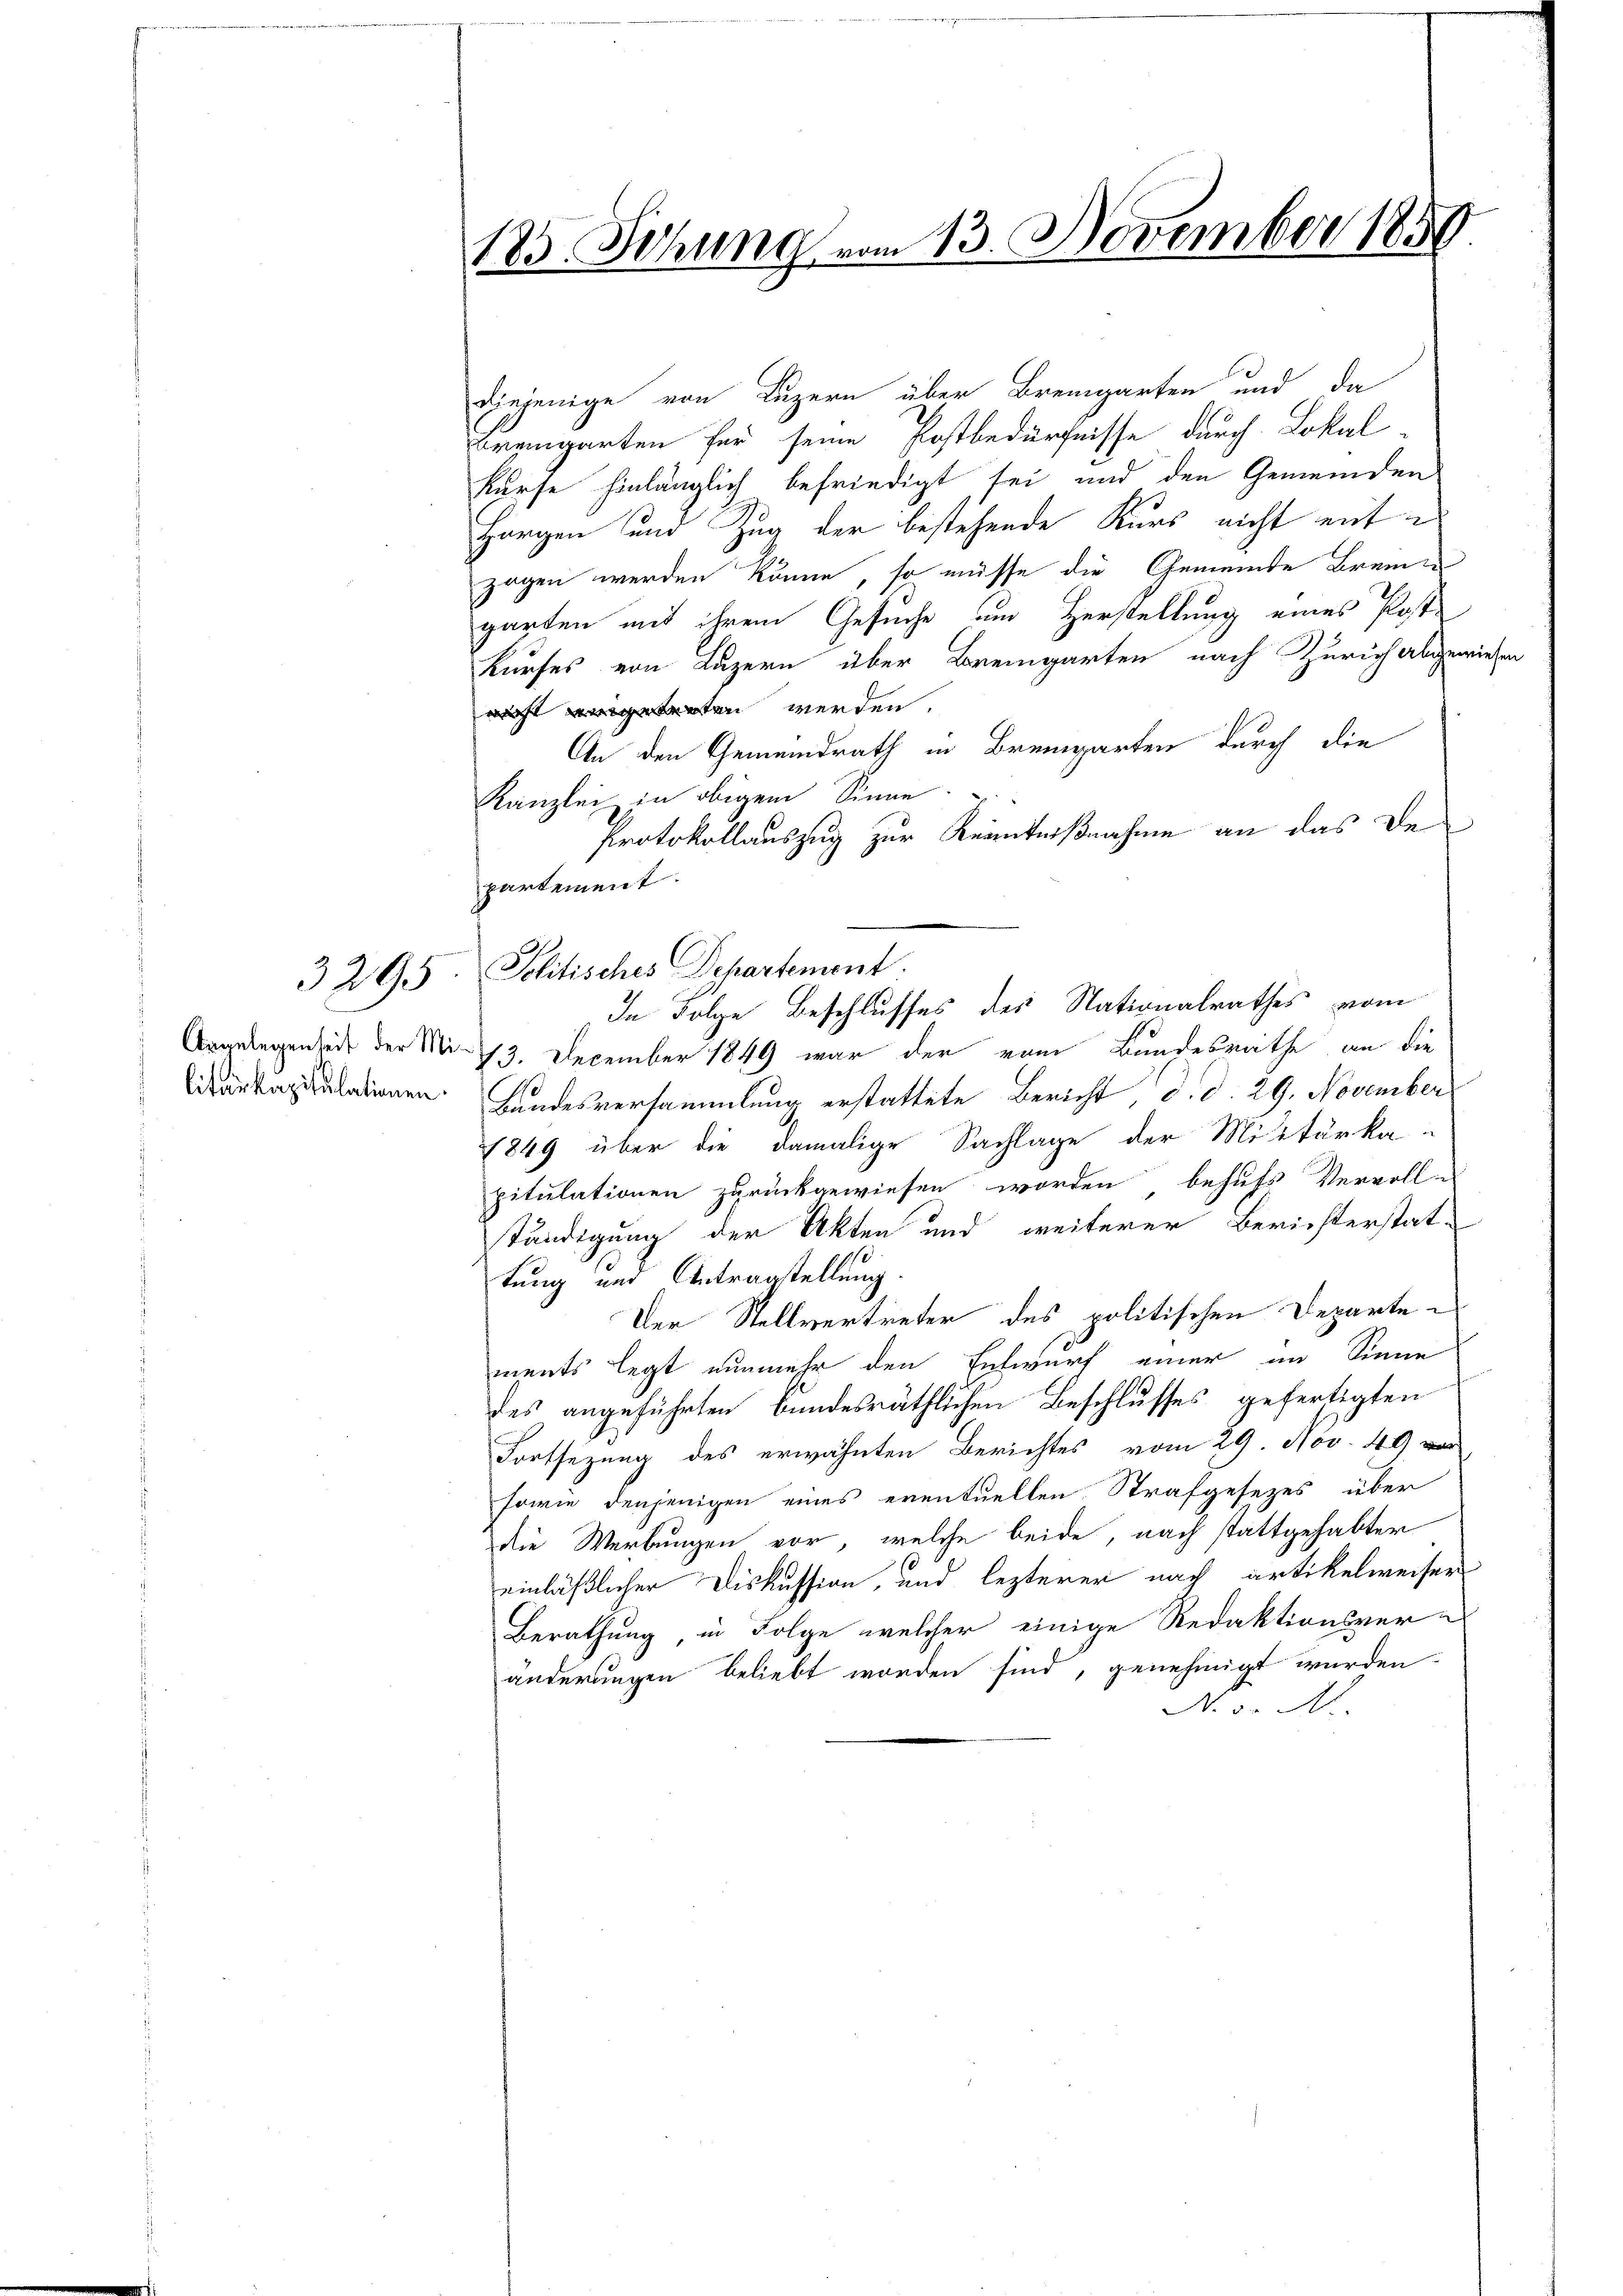
Angelegenheit der Mi¬

diejenige von Luzern über Bremgarten und da
Bremgarten für seine Postbedürfnisse durch Lokal-
kurse hinlänglich befriedigt sei und den Gemeinden
Horgen und Zug der bestehende Kurs nicht ent-
zogen werden könne, so müsse die Gemeinde Brenne
garten mit ihrem Gesuche um Herstellung eines Poste
kurfes von Luzern über Bremgarten nach Zürich abgewiesen
heten werden.
An den Gemeindrath in Bremgarten durch die
Kanzlei in obigem Sinne.
Protokollauszug zur Kenntnißnahme an das De¬
73. December 1849 war der vom Bundesrathe an die
aukapitulationen Bundesversammlung erstattete Bericht, d. d. 29. November
1849 über die damalige Sachlage der Mittärka-
pitulationen zurückgewiesen worden behufs Vervoll-
ständigung der Akten und weiterer Berichterstat-
tung und Antragstellung
Der Stellvertreter des politischen Departements legt nunmehr den Entwurf einer im Sinne
des angeführten Bundesräthlichen Beschlusses gefertigten
Fortsezung des erwähnten Berichtes vom 29. Nov. 49 vor
sowie denjenigen eines eventuellen Strafgesezes über
die Werbungen vor, welche beide, nach stattgehabter
einläßlicher Diskussion, und lezterer nach artikelweiser
Berathung in Folge welcher einige Redaktionsver-
änderungen beliebt worden sind, genehmigt wurden.
NNo. 3. A.

183. Sitzung vom 13. November 1850

partement.
3 295. Politisches Departement.
In Folge Beschlusses des Nationalrathes vom